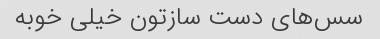
سس‌های دست سازتون خیلی خوبه